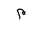
Letter: _mim